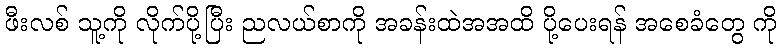
ဖီးလစ် သူ့ကို လိုက်ပို့ပြီး ညလယ်စာကို အခန်းထဲအအထိ ပို့ပေးရန် အစေခံတွေ ကို